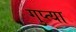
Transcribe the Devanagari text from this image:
गुप्त्या